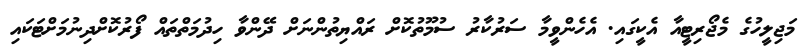
މަޖިލީހުގެ މެޖޯރިޓީއާ އެކީގައި. އެހެންވީމާ ސަރުކާރު ސުމޫތުކޮށް ރައްޔިތުންނަށް ދޭންވާ ހިދުމަތްތައް ފޯރުކޮށްދިނުމަށްޓަކައި